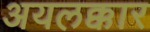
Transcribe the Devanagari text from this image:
अयलक्कार